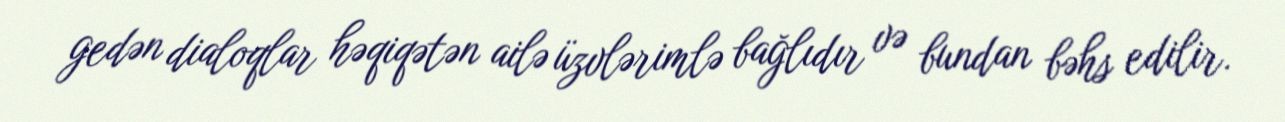
gedən dialoqlar həqiqətən ailə üzvlərimlə bağlıdır və bundan bəhs edilir.